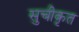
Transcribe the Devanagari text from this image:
सुचीकृत